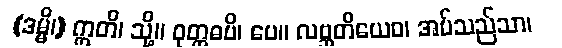
(ဒမ္မိ၊) ဣတိ၊ သို့။ ဝုတ္တဓပိ၊ ပေ။ လဗ္ဘတိယေဝ၊ အပ်သည်သာ၊